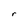
Character: r